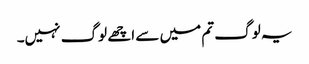
یہ لوگ تم میں سے اچھے لوگ نہیں۔